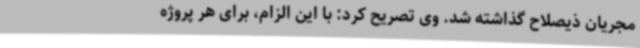
مجریان ذیصلاح گذاشته شد. وی تصریح کرد: با این الزام، برای هر پروژه